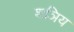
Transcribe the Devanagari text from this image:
शञिय